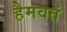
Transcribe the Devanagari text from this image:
हैमवतं